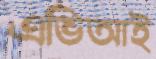
এভিআই